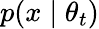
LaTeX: p(x\mid\theta_{t})